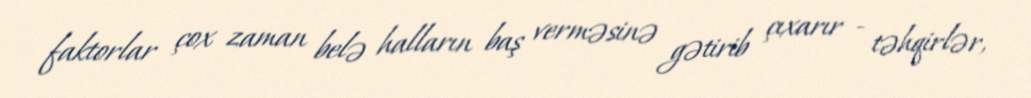
faktorlar çox zaman belə halların baş verməsinə gətirib çıxarır - təhqirlər,